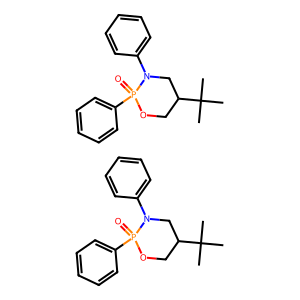
SMILES: CC(C)(C)C1COP(=O)(c2ccccc2)N(c2ccccc2)C1.CC(C)(C)C1COP(=O)(c2ccccc2)N(c2ccccc2)C1
Inhibits HIV replication: No